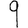
Digit: 9